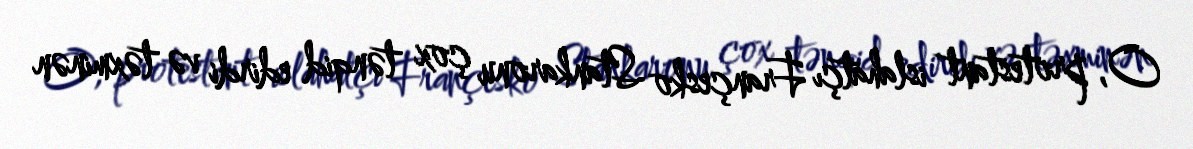
O, protestant islahatçı Françesko Stankaronu çox tənqid edirdi və təxminən